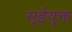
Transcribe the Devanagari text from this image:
सूईयुक्त